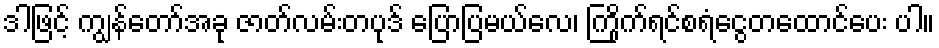
ဒါဖြင့် ကျွန်တော်အခု ဇာတ်လမ်းတပုဒ် ပြောပြမယ်လေ၊ ကြိုက်ရင်စရံငွေတထောင်ပေး ပါ။